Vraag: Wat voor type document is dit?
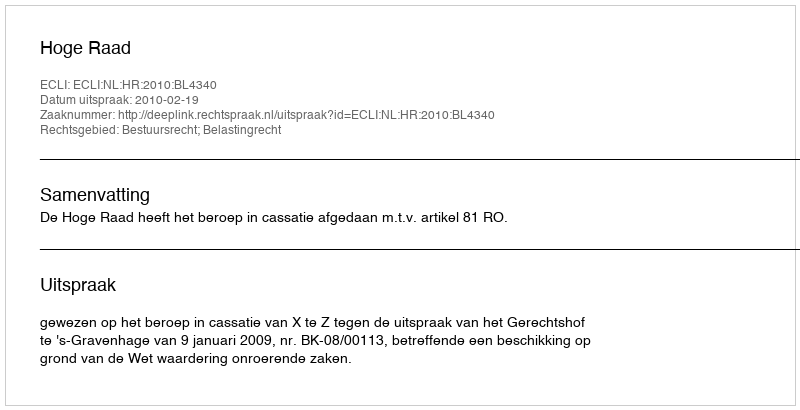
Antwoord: Uitspraak